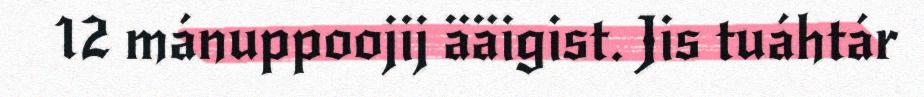
12 mánuppoojij ääigist. Jis tuáhtár